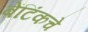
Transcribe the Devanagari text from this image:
बेंटिंकचे